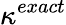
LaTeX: \kappa^{exact}